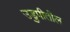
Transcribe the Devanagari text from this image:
उडुपीतील